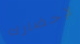
لإحضارك